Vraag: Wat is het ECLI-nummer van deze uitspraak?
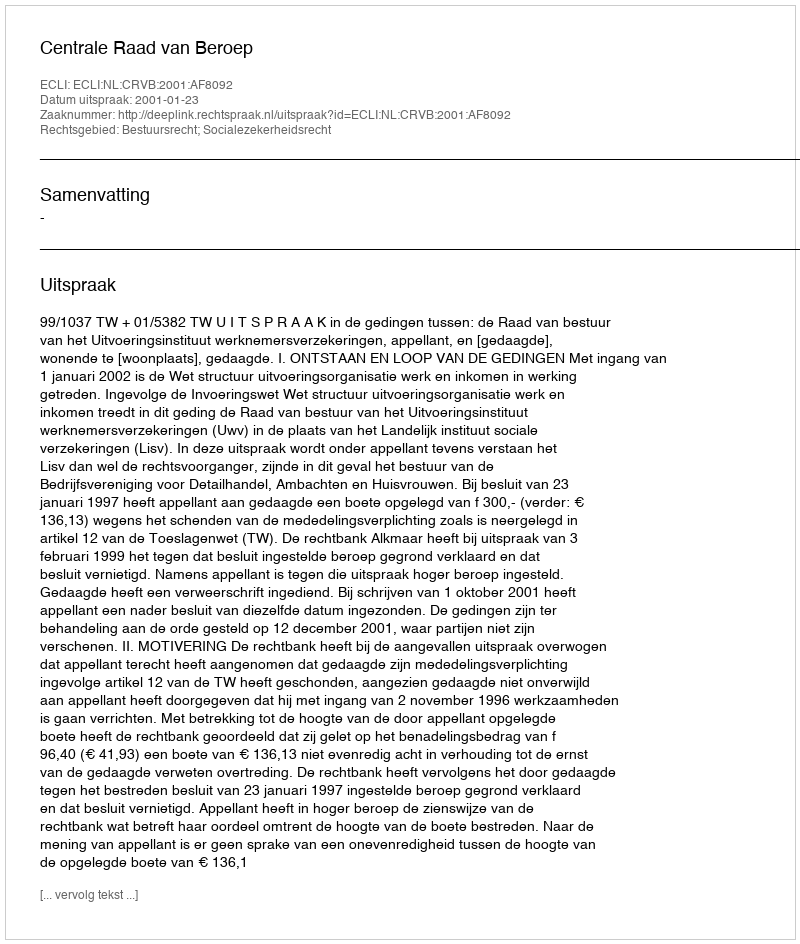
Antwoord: ECLI:NL:CRVB:2001:AF8092